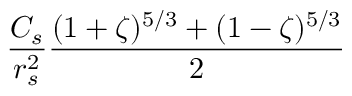
\frac { C _ { s } } { r _ { s } ^ { 2 } } \frac { ( 1 + \zeta ) ^ { 5 / 3 } + ( 1 - \zeta ) ^ { 5 / 3 } } { 2 }